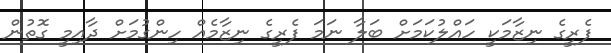
ފެރީގެ ނިޒާމަކީ ހައްލުކަމަށް ބަލާ ނަމަ ފެރީގެ ނިޒާމެއް ހިންގުމަށް ދާއިމީ ގޮތުން